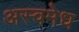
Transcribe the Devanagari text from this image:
अस्वमेध